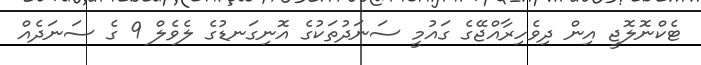
ޓެކްނޮލޮޖީ އިން ދިވެހިރާއްޖޭގެ ގައުމީ ސަނަދުތަކުގެ އޮނިގަނޑުގެ ލެވެލް 9 ގެ ސަނަދެއް